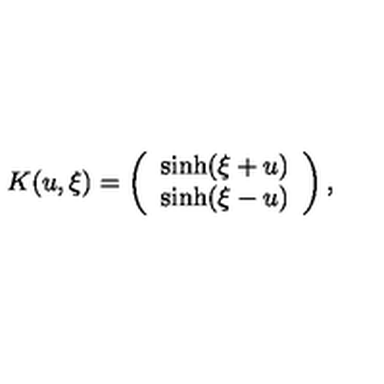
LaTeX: K ( u , \xi ) = \left( \begin{array} { c } { \sinh ( \xi + u ) } \\ { \sinh ( \xi - u ) } \\ \end{array} \right) ,